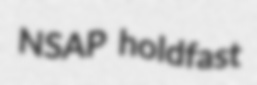
NSAP holdfast